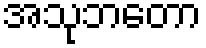
အသုဘတော